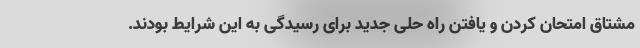
مشتاق امتحان کردن و یافتن راه حلی جدید برای رسیدگی به این شرایط بودند.